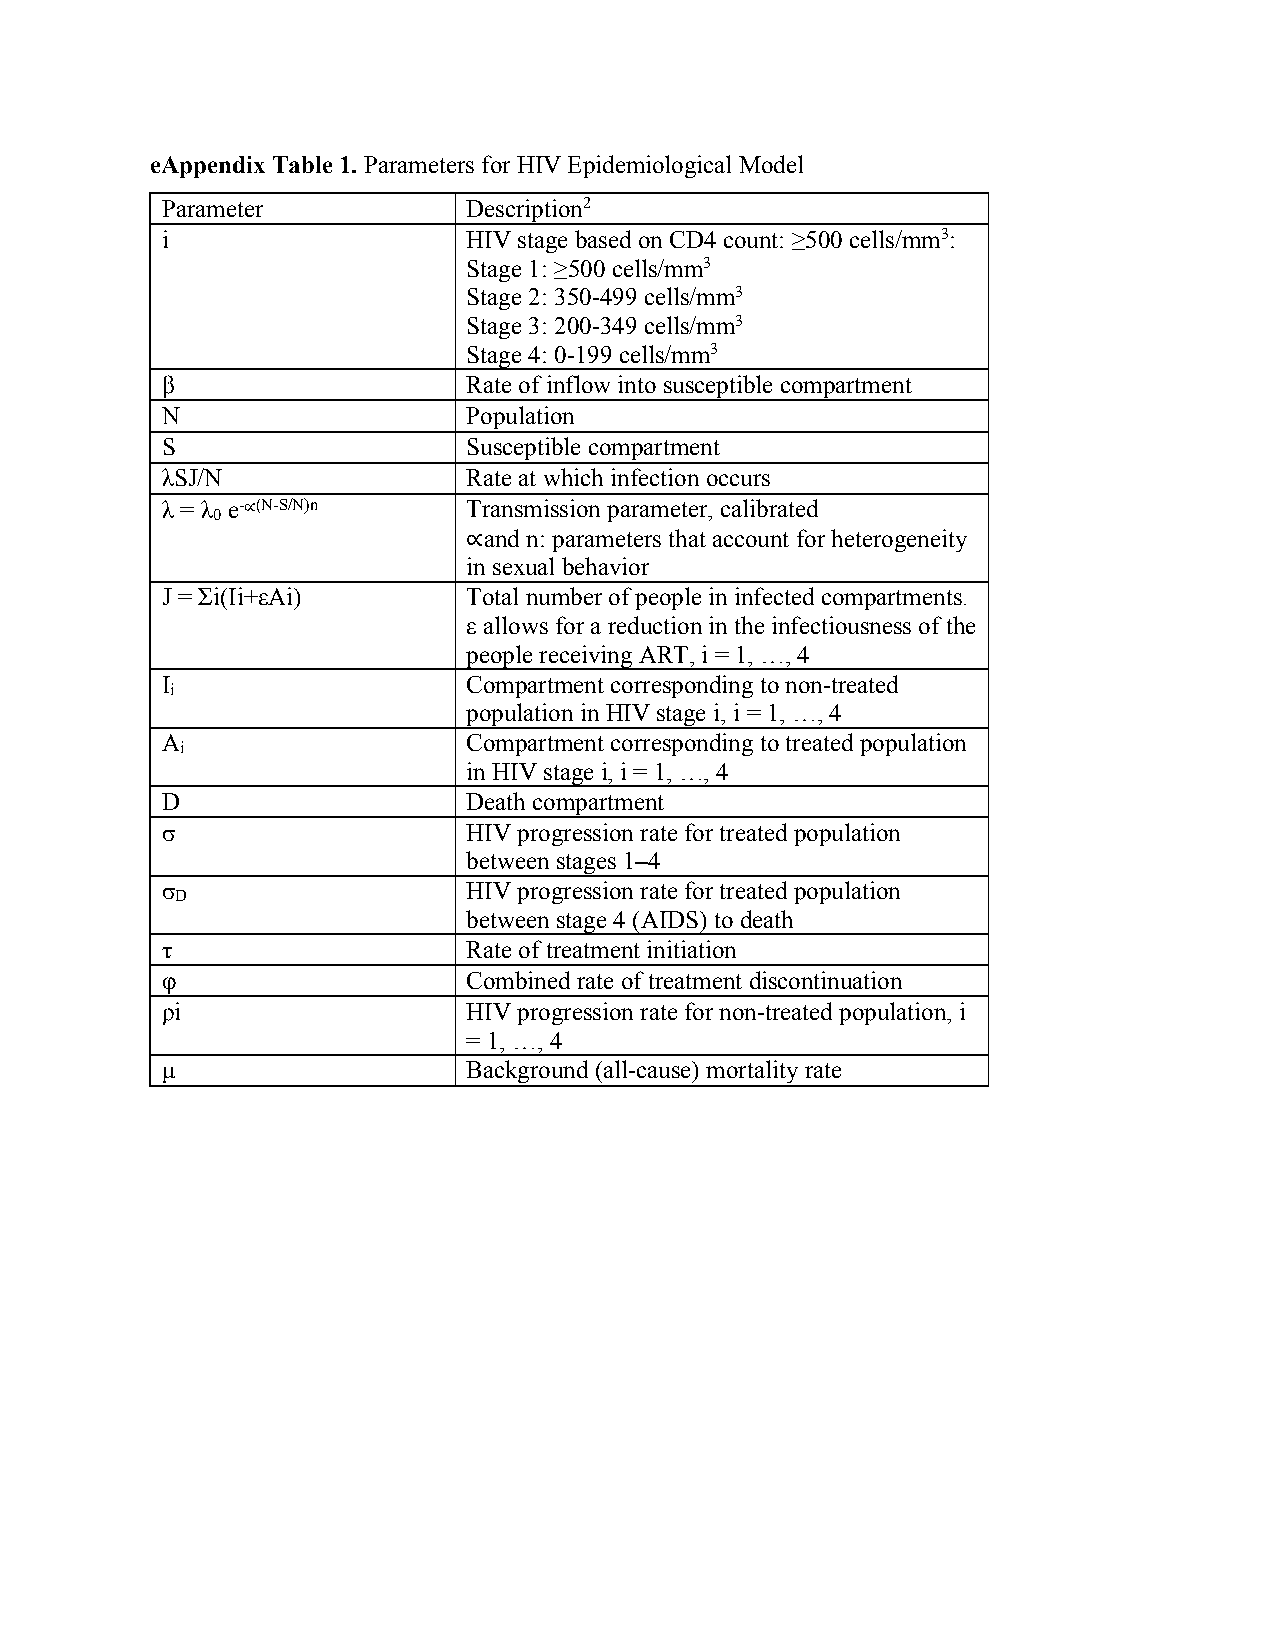
eAppendix Table 1. Parameters for HIV Epidemiological Model
 Parameter           Description2
 i                   HIV stage based on CD4 count: ≥500 cells/mm3:
 Stage 1: ≥500 cells/mm3
 Stage 2: 350-499 cells/mm3
 Stage 3: 200-349 cells/mm3
 Stage 4: 0-199 cells/mm3
 β                   Rate of inflow into susceptible compartment
 N                   Population
 S                   Susceptible compartment
 λSJ/N               Rate at which infection occurs
 λ = λ e-∝(N-S/N)n   Transmission parameter, calibrated
 0
 ∝and n: parameters that account for heterogeneity
 in sexual behavior
 J = Σi(Ii+εAi)      Total number of people in infected compartments.
 ε allows for a reduction in the infectiousness of the
 people receiving ART, i = 1, …, 4
 I                   Compartment corresponding to non-treated
 i
 population in HIV stage i, i = 1, …, 4
 A                   Compartment corresponding to treated population
 i
 in HIV stage i, i = 1, …, 4
 D                   Death compartment
 σ                   HIV progression rate for treated population
 between stages 1–4
 σ                   HIV progression rate for treated population
 D
 between stage 4 (AIDS) to death
 τ                   Rate of treatment initiation
 φ                   Combined rate of treatment discontinuation
 ρi                  HIV progression rate for non-treated population, i
 = 1, …, 4
 µ                   Background (all-cause) mortality rate